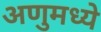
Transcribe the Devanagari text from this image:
अणुमध्ये